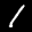
Label: 1